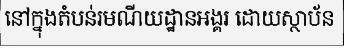
នៅក្នុងតំបន់រមណីយដ្ឋានអង្គរ ដោយស្ថាប័ន